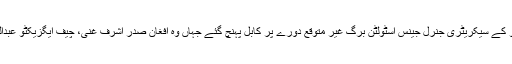
بین الاقوامی خبر رساں ادارے کے مطابق مغربی دفاعی اتحاد نيٹو کے سيکریٹری جنرل جینس اسٹولٹن برگ غير متوقع دورے پر کابل پہنچ گئے جہاں وہ افغان صدر اشرف غنی، چيف ايگزيکٹو عبداللہ عبداللہ اور نیٹو کمانڈر جنرل آسٹن ملر سے ملاقاتيں کريں گے۔